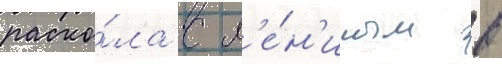
раско́ла с л'е́н'иным в